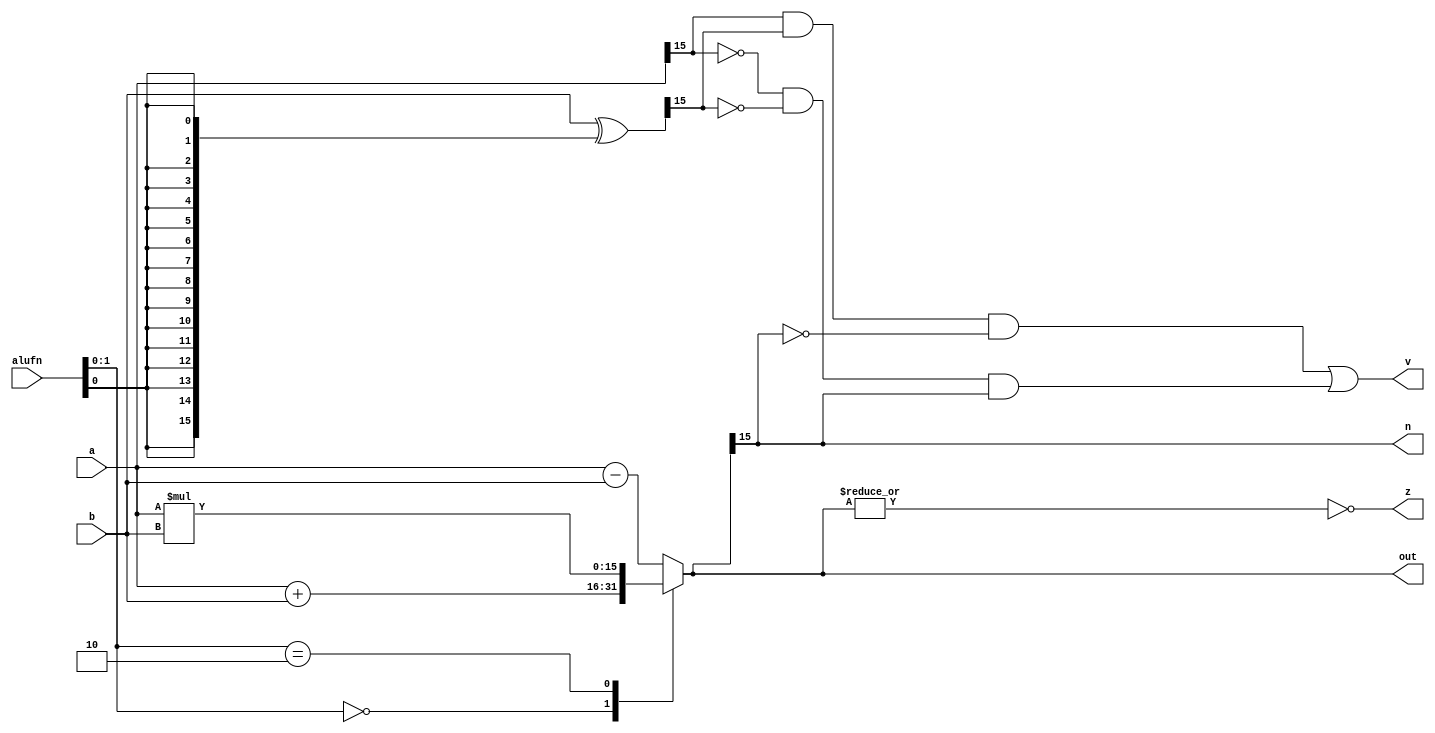
/*
   This file was generated automatically by the Mojo IDE version B1.3.6.
   Do not edit this file directly. Instead edit the original Lucid source.
   This is a temporary file and any changes made to it will be destroyed.
*/

module adder16_14 (
    input [5:0] alufn,
    input [15:0] a,
    input [15:0] b,
    output reg [15:0] out,
    output reg z,
    output reg n,
    output reg v
  );
  
  
  
  reg [15:0] sum;
  
  reg [15:0] xb;
  
  always @* begin
    xb = b ^ {5'h10{alufn[0+0-:1]}};
    
    case (alufn[0+1-:2])
      2'h0: begin
        sum = a + b;
      end
      2'h1: begin
        sum = a - b;
      end
      2'h2: begin
        sum = a * b;
      end
      default: begin
        sum = a - b;
      end
    endcase
    v = (a[15+0-:1] & xb[15+0-:1] & ~sum[15+0-:1]) | (~a[15+0-:1] & ~xb[15+0-:1] & sum[15+0-:1]);
    n = sum[15+0-:1];
    z = (~|sum);
    out = sum;
  end
endmodule